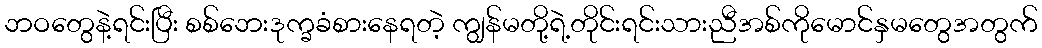
ဘဝတွေနဲ့ရင်းပြီး စစ်ဘေးဒုက္ခခံစားနေရတဲ့ ကျွန်မတို့ရဲ့တိုင်းရင်းသားညီအစ်ကိုမောင်နှမတွေအတွက်